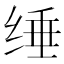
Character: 缍